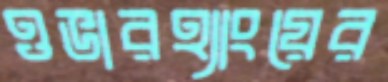
ওভারহ্যাংয়ের